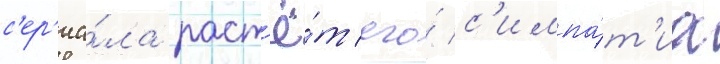
с'ер'иа́ла раст'ё́т его́ с'импа́т'иа